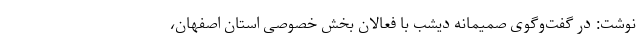
نوشت:‌ در گفت‌وگوی صمیمانه‌ دیشب با فعالان بخش خصوصی استان اصفهان،‌